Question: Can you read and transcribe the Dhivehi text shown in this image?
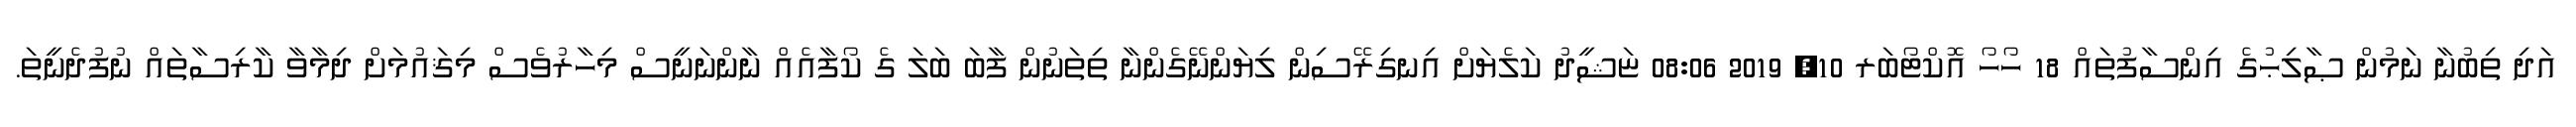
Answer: އަދި ތިބުނާ ނަމުން ޞާލިޙުގެ އިންސާފުތައް 18 ހޯހޯ އޮކްޓޯބަރ 10, 2019 08:06 ޏަޝީދު ކަލެޔަށް އިނގިރޭސިން ލިޔަންނޭގެންނާ ތިތަނުން ފާބަ ބަލަ ގެ ކޯފާއެއް ނާންނަނީސް މިހާރުވެސް މިޤައުމަށް ދިމާވާ ކާރިސާތައް ނުފުދެނީތަ.